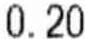
0.20